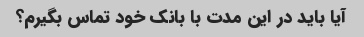
آیا باید در این مدت با بانک خود تماس بگیرم؟